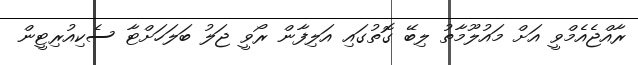
ރާއްޖެއެމްވީ އަށް މައުލޫމާތު ލިބޭ ގޮތުގައި އަލިފާން ރޯވީ ޖަލު ބަލަހަށްޓާ ސެކިއުރިޓީން